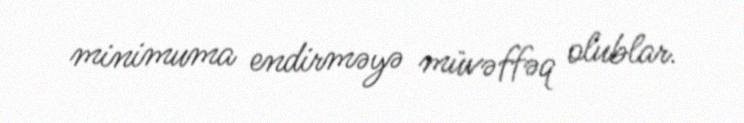
minimuma endirməyə müvəffəq olublar.